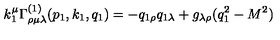
k _ { 1 } ^ { \mu } \Gamma _ { \rho \mu \lambda } ^ { ( 1 ) } ( p _ { 1 } , k _ { 1 } , q _ { 1 } ) = - q _ { 1 \rho } q _ { 1 \lambda } + g _ { \lambda \rho } ( q _ { 1 } ^ { 2 } - M ^ { 2 } )